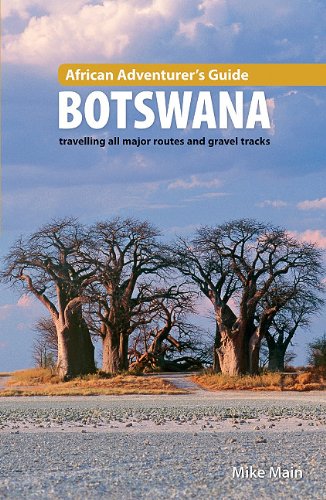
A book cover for African Adventurer's Guide: Botswana; Mike Main; Travel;